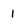
Character: 1